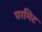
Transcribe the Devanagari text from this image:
परमिट